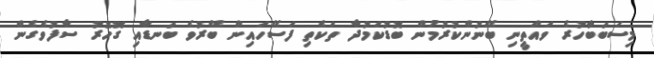
މިސަބަބާހުރެ ވައްތީނި ބޭނުންކުރުމުން ބޮޑުކަމުދާ ތަކެތި ފަސޭހައިން ބޭރުވެ ބަނޑާއި ގޮހޮރު ސާފުވެގެން